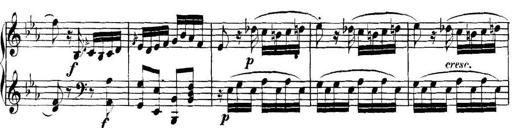
Title: Collected Piano Sonatas
Composer: Muzio Clementi